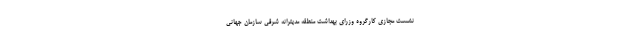
نشست مجازی کارگروه وزرای بهداشت منطقه مدیترانه شرقی سازمان جهانی